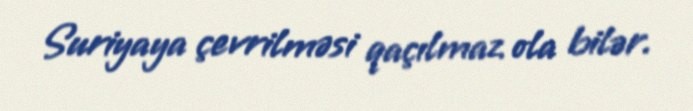
Suriyaya çevrilməsi qaçılmaz ola bilər.